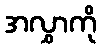
အလွှာကို